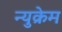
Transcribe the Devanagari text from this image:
न्युक्रेम